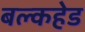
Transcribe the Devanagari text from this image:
बल्‍कहेड